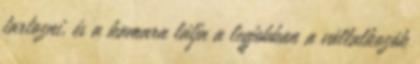
tartozni, és a kamara látja a legjobban a vállalkozók